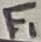
Text: F1